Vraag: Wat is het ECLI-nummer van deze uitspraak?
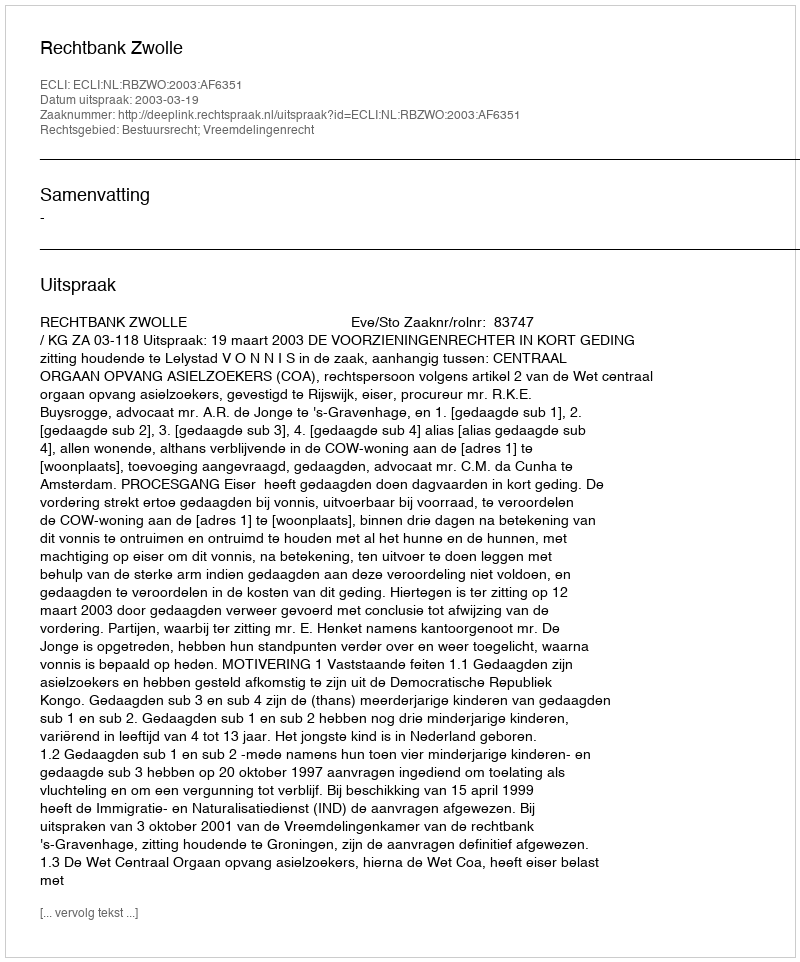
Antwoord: ECLI:NL:RBZWO:2003:AF6351